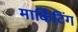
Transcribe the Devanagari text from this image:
मार्किटिंग